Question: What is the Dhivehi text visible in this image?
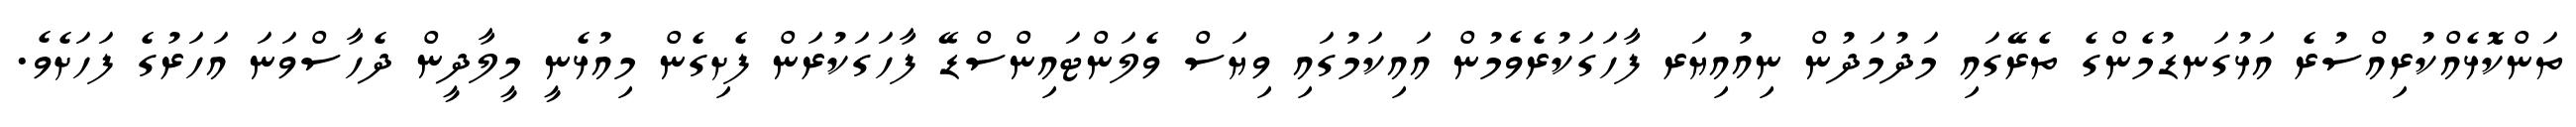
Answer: ތަންކޮޅެއްކުރިއްސުރެ އަޅުގަނޑުމެންގެ ތެރޭގައި މަދުމަދުން ނިއުއިޔަރ ފާހަގަކުރެވެމުން އައިކަމުގައި ވިޔަސް ވެލަންޓައިންސްޑޭ ފާހަގަކުރަން ފެށިގެން މިއުޅެނީ މީލާދީން ދެހާސްވަނަ އަހަރުގެ ފަހަށެވެ.